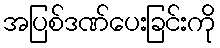
အပြစ်ဒဏ်ပေးခြင်းကို